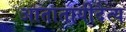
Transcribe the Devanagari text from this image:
आतातायीदैत्य